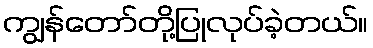
ကျွန်တော်တို့ပြုလုပ်ခဲ့တယ်။